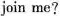
join me?